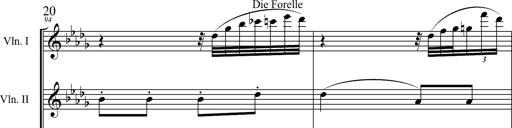
Title: 6 Melodien von Franz Schubert
Composer: Franz Liszt